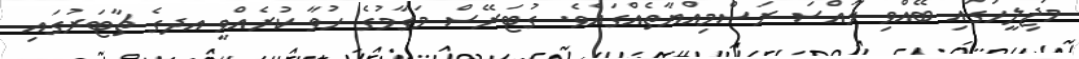
މަޖިލީހުގައި ބޭއްވި ޚާއްސަ ރަސްމިއްޔާތެއްގައެވެ. ގުޓަރޭސް މަގާމުގެ ހުވާ ކުރެއްވީ އދގެ ޗާޓަރުގައި